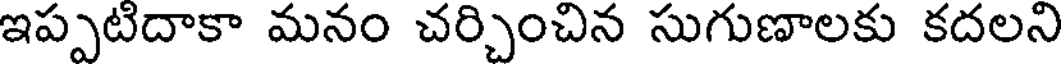
ఇప్పటిదాకా మనం చర్చించిన సుగుణాలకు కదలని